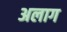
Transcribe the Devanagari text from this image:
अलाग